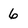
Character: 6